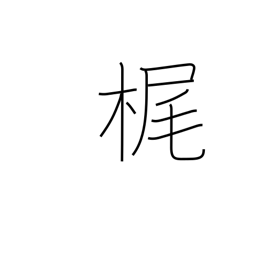
Meaning: sculling oar